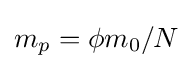
m_{p}=\phi m_{0}/N